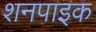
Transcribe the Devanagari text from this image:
शनपाइक